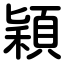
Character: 穎